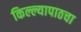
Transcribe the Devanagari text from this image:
किल्ल्यापाठचा